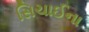
સિચાઈના